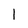
Character: 1